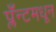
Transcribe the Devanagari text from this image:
प्लँन्टमधून